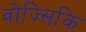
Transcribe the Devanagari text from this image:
वोज्सिकि